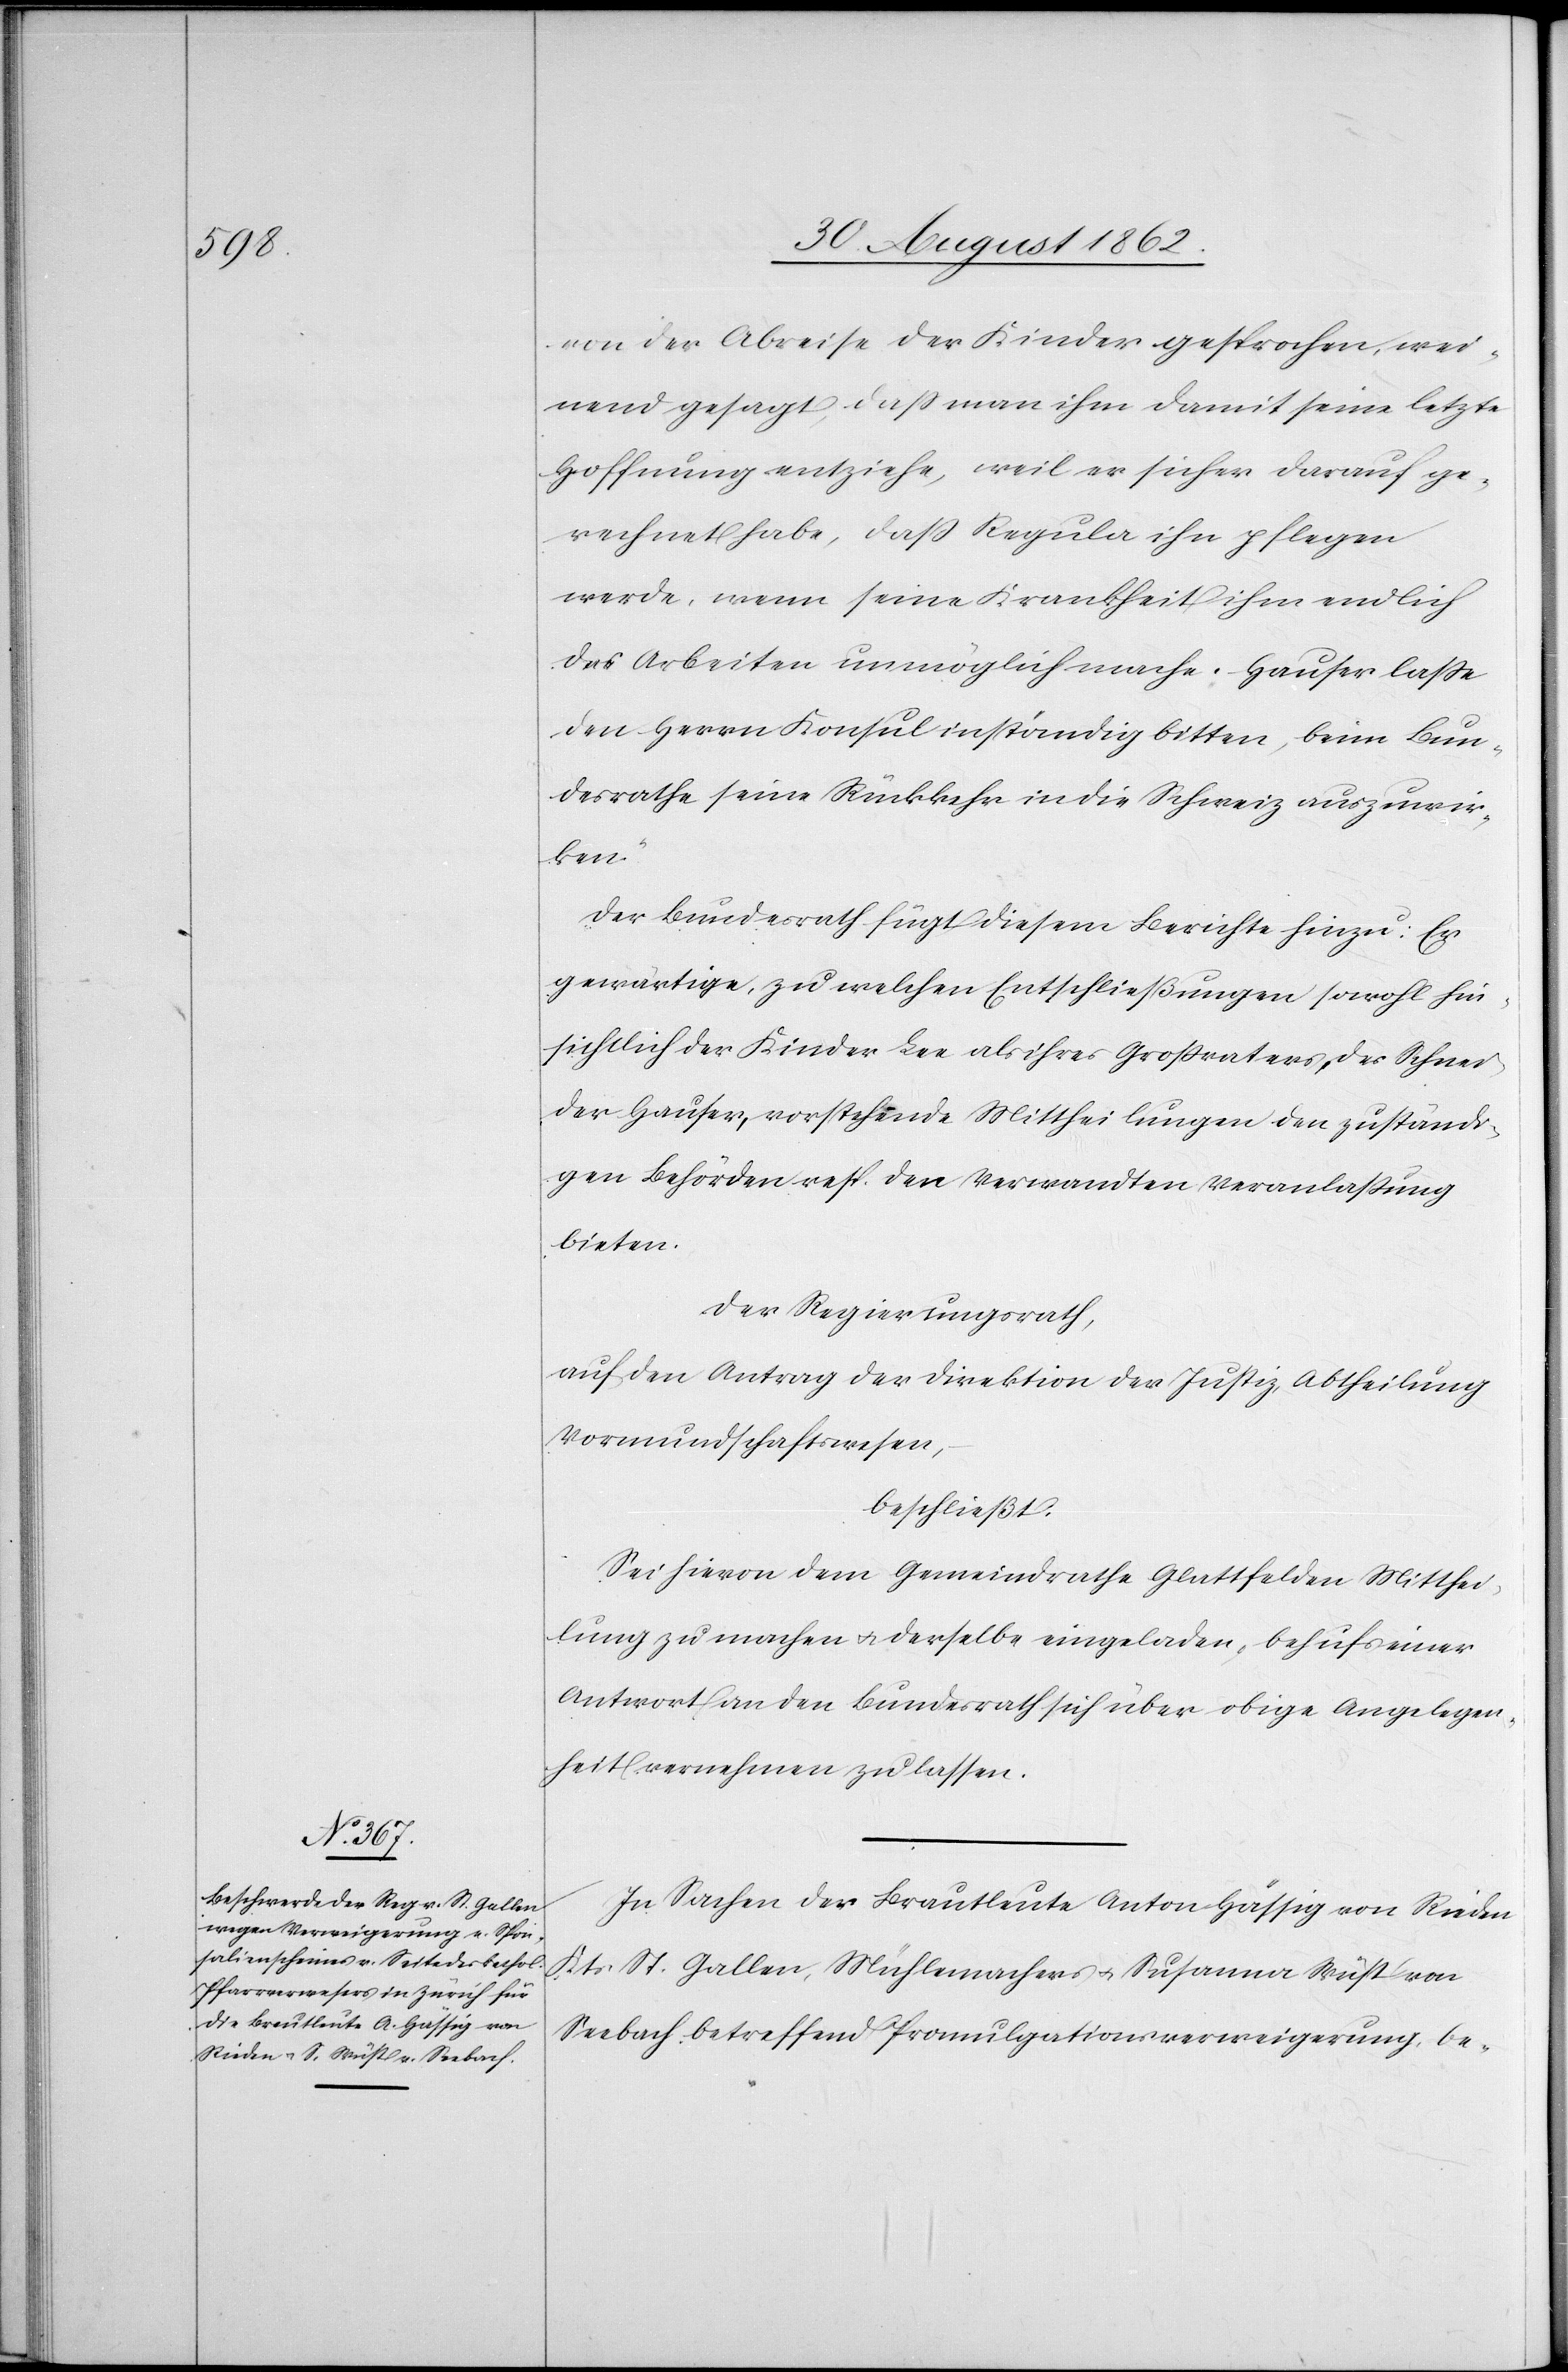
von der Abreise der Kinder gesprochen, wei¬
nend gesagt, daß man ihm damit seine letzte
Hoffnung entziehe, weil er sicher darauf ge¬
rechnet habe, daß Regula ihn pflegen
werde, wenn seine Krankheit ihm endlich
das Arbeiten unmöglich mache. Hauser laße
desrathe seine Rückkehr in die Schweiz auszuwir¬
ken.“
Der Bundesrath fügt diesem Berichte hinzu: Er
gewärtige, zu welchen Entschließungen sowohl hin¬
sichtlich der Kinder Lee als ihres Großvaters, der Schnei¬
der Hauser, vorstehende Mittheilungen den zuständi¬
gen Behörden resp. den Verwandten Veranlaßung
bieten.
Der Regierungsrath,
auf den Antrag der Direktion der Justiz, Abtheilung
Vormundschaftswesen,
beschließt:
Sei hievon dem Gemeindrathe Glattfelden Mitthei¬
lung zu machen u. derselbe eingeladen, behufs einer
Antwort an den Bundesrath sich über obige Angelegen¬
heit vernehmen zu lassen.
In Sachen der Brautleute Anton Hässig von Rieden
Kts. St. Gallen, Mühlemachers u. Susanna Wüst von
Seebach, betreffend Promulgationsverweigerung, be-